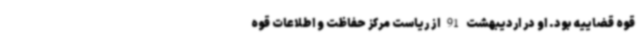
قوه قضاییه بود. او در اردیبهشت 91 از ریاست مرکز حفاظت و اطلاعات قوه